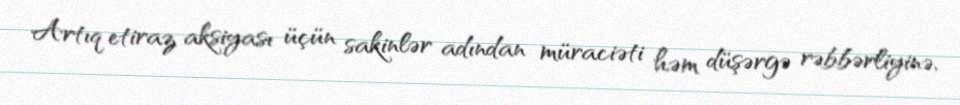
Artıq etiraz aksiyası üçün sakinlər adından müraciəti həm düşərgə rəbbərliyinə,